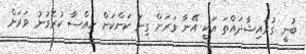
ބުނީ ގުރައިޝާދައްތަ އަކީ އޭނާ ވަރަށް ގިނަ ކަންކަން ހިއްސާ ކުރެވުނު ވަރަށް